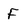
Character: F